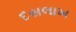
દસલાખ